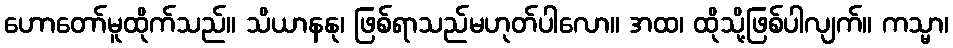
ဟောတော်မူထိုက်သည်။ သိယာနနု၊ ဖြစ်ရာသည်မဟုတ်ပါလော။ အထ၊ ထိုသို့ဖြစ်ပါလျက်။ ကသ္မာ၊